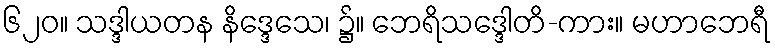
၆၂၀။ သဒ္ဒါယတန နိဒ္ဒေသေ၊ ၌။ ဘေရိသဒ္ဒေါတိ-ကား။ မဟာဘေရီ